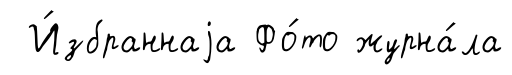
И́збраннаjа Фо́то журна́ла